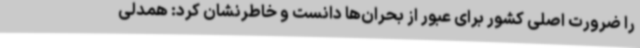
را ضرورت اصلی کشور برای عبور از بحران‌ها دانست و خاطرنشان کرد: همدلی